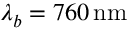
\lambda _ { b } = 7 6 0 \, \mathrm { n m }